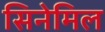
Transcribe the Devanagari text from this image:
सिनेमिल